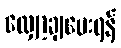
လျှော့ချပေးရန်